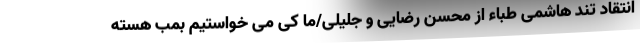
انتقاد تند هاشمی طباء از محسن رضایی و جلیلی/ما کی می خواستیم بمب هسته